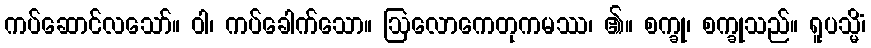
ကပ်ဆောင်လသော်။ ဝါ၊ ကပ်ခေါက်သော။ ဩလောကေတုကမဿ၊ ၏။ စက္ခု၊ စက္ခုသည်။ ရူပသ္မိံ၊